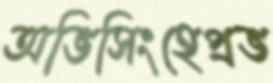
অভিসিংহেপ্রভ